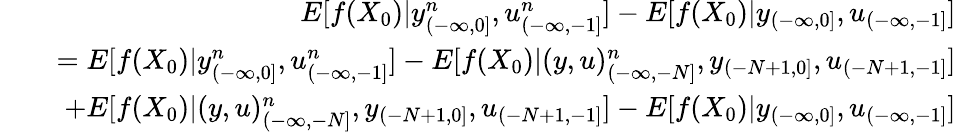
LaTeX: \begin{array}{rlr}&{}&{E[f(X_{0})|y_{(-\infty,0]}^{n},u_{(-\infty,-1]}^{n}]-E[f(X_{0})|y_{(-\infty,0]},u_{(-\infty,-1]}]}\\ &{}&{=E[f(X_{0})|y_{(-\infty,0]}^{n},u_{(-\infty,-1]}^{n}]-E[f(X_{0})|(y,u)_{(-\infty,-N]}^{n},y_{(-N+1,0]},u_{(-N+1,-1]}]}\\ &{}&{+E[f(X_{0})|(y,u)_{(-\infty,-N]}^{n},y_{(-N+1,0]},u_{(-N+1,-1]}]-E[f(X_{0})|y_{(-\infty,0]},u_{(-\infty,-1]}]}\end{array}